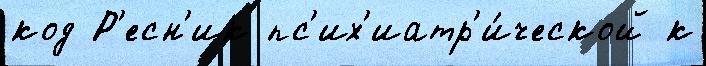
код Р'есн'ик пс'их'иатр'и́ческой к